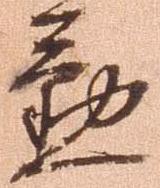
懃